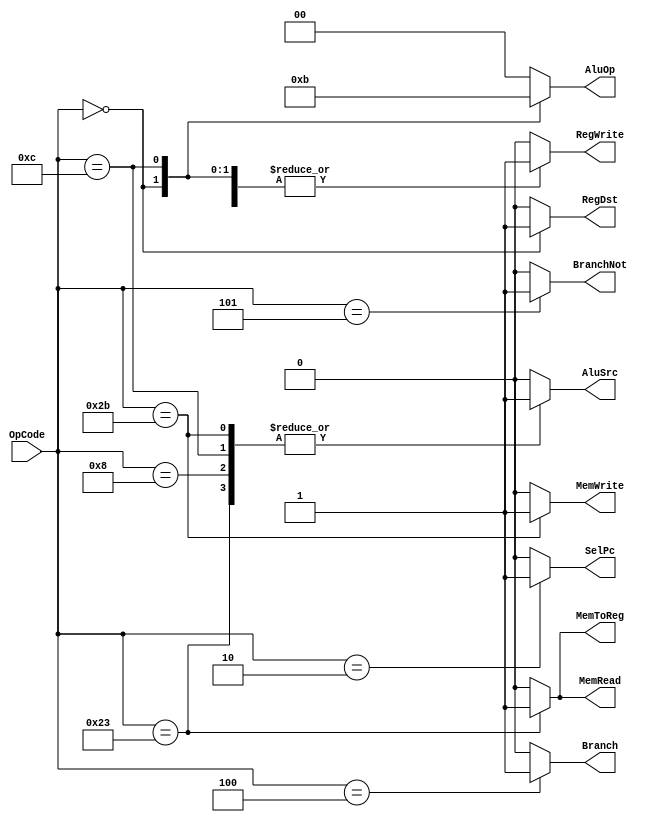
module CentralController(OpCode, RegDst, RegWrite, AluSrc, MemRead, MemWrite, MemToReg, SelPc, Branch, BranchNot, AluOp);
input [5:0] OpCode;
output reg RegDst, RegWrite, AluSrc, MemRead, MemWrite, MemToReg, SelPc;
output reg Branch, BranchNot;
output reg [1:0]  AluOp;
    always @(OpCode) begin
        { RegDst, RegWrite, AluSrc, MemRead, MemWrite, MemToReg, SelPc, Branch, BranchNot} = 9'b0;
        AluOp = 2'b00;
        case (OpCode)
            6'b000000: begin //R Type
                {RegDst, RegWrite} = 2'b11;
                AluOp = 2'b10;
            end 
            6'b100011: begin // LW
                {RegWrite, AluSrc, MemRead, MemToReg} = 4'b1111;
                AluOp = 2'b00;
            end 
            6'b101011: begin // SW
                {AluSrc, MemWrite} = 2'b11;
                AluOp = 2'b00;
            end 
            6'b000100: begin // BE
                Branch = 1'b1;
            end 
           6'b000101: begin // BNE
                BranchNot = 1'b1;
            end 
            6'b001000: begin // ADDi
                {RegWrite, AluSrc} = 2'b11;
                AluOp = 2'b00;
            end 
            6'b001100: begin // ANDi
                {RegWrite, AluSrc} = 2'b11;
                AluOp = 2'b11;
            end 
            6'b000010: begin // J
                SelPc = 1'b1;
            end 
        endcase
    end
endmodule